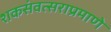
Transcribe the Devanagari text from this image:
शकसंवत्सराप्रमाणे